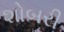
શોબરી